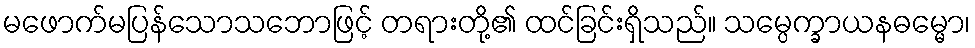
မဖောက်မပြန်သောသဘောဖြင့် တရားတို့၏ ထင်ခြင်းရှိသည်။ သမ္ပေက္ခာယနဓမ္မော၊